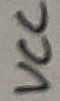
Text: R3